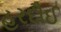
હરદૌઈ